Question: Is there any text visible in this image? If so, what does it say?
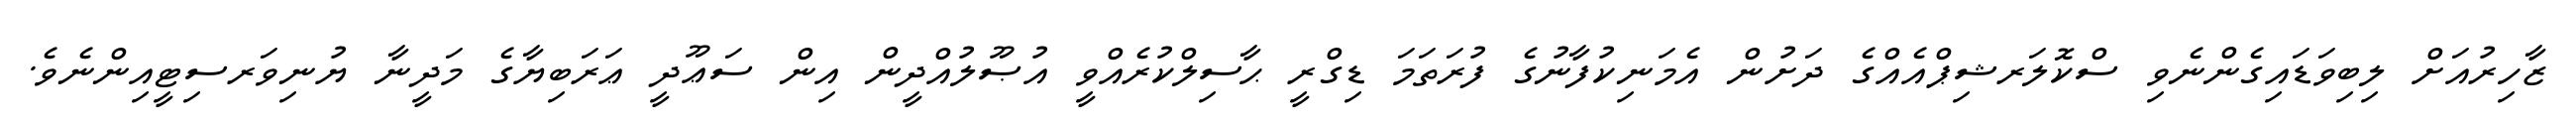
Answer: ޒާހިރުއަށް ލިބިވަޑައިގެންނެވި ސްކޮލަރޝިޕްއެއްގެ ދަށުން އެމަނިކުފާނުގެ ފުރަތަމަ ޑިގްރީ ޙާސިލްކުރެއްވީ އުޞޫލުއްދީން އިން ސަޢޫދީ ޢަރަބިޔާގެ މަދީނާ ޔުނިވަރސިޓީއިންނެވެ.